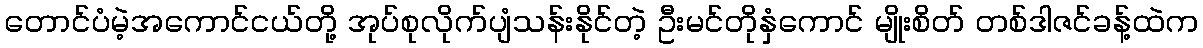
တောင်ပံမဲ့အကောင်ငယ်တို့ အုပ်စုလိုက်ပျံသန်းနိုင်တဲ့ ဦးမင်တိုနှံကောင် မျိုးစိတ် တစ်ဒါဇင်ခန့်ထဲက